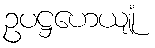
ဥပဋ္ဌဟေယျုံ